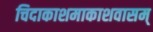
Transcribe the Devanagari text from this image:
चिदाकाशमाकाशवासम्